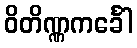
ဝိတိဏ္ဏကင်္ခေါ